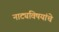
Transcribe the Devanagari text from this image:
नाट्यविषयांचे